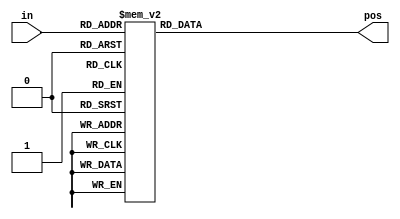
// synthesis verilog_input_version verilog_2001
module top_module (
    input [3:0] in,
    output reg [1:0] pos  );
	
    always@(*)
        case(in) 
            4'b0000:
                pos = 2'd0;
            4'b0001:
                pos = 2'd0;
            4'b0010:
                pos = 2'd1;
            4'b0011:
                pos = 2'd0;
            4'b0100:
                pos = 2'd2;
            4'b0101:
                pos = 2'd0;
            4'b0110:
                pos = 2'd1;
            4'b0111:
                pos = 2'd0;
            4'b1000:
                pos = 2'd3;
            4'b1001:
                pos = 2'd0;
            4'b1010:
                pos = 2'd1;
            4'b1011:
                pos = 2'd0;
            4'b1100:
                pos = 2'd2;
            4'b1101:
                pos = 2'd0;
            4'b1110:
                pos = 2'd1;
            4'b1111:
                pos = 2'd0;
        endcase 
endmodule